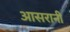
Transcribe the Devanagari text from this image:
आसरानी